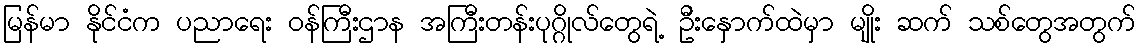
မြန်မာ နိုင်ငံက ပညာရေး ဝန်ကြီးဌာန အကြီးတန်းပုဂ္ဂိုလ်တွေရဲ့ ဦးနှောက်ထဲမှာ မျိုး ဆက် သစ်တွေအတွက်